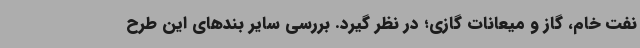
نفت خام، گاز و میعانات گازی؛ در نظر گیرد. بررسی سایر بندهای این طرح